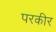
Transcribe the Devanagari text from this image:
परकीर